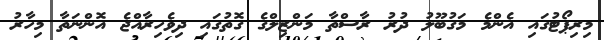
މިރިޕޯޓުގައި އެންމެ މަގުބޫލު ދުރު ރާސްތާ މަންޒިލްގެ ގޮތުގައި ދިވެހިރާއްޖެ އޮންނަތާ މިހާރު